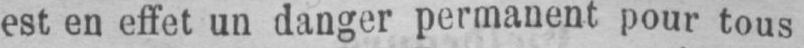
est en effet un danger permanent pour tous